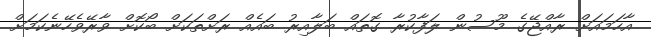
އާހަމައަށް ރާއްޖޭގެ މޫސުން ލަފާކުރާ ގޮތައް ބަލާއިރު ބައެއް ރަށްތަކަށް ބޯކޮށް ވާރޭވެހޭނެކަމަށް